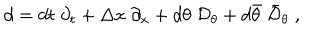
d = d t \; \partial _ { t } + \Delta x \; \partial _ { x } + d \theta \; { \cal D } _ { \theta } + d \bar { \theta } \; \bar { { \cal D } } _ { \theta } \; ,